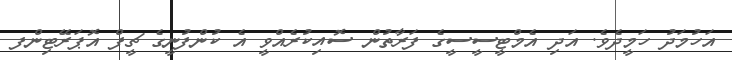
އަހުމަދު ހަމީދެެވެ. އަދި އެމްޓީސީސީގެ ފަރާތުން ސޮއިކުރެއްވީ އެ ކުންފުނީގެ ޗީފް އޮޕަރޭޓިންފ